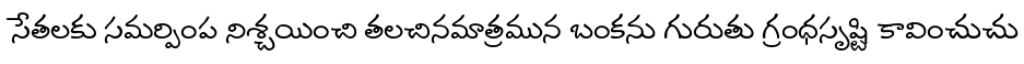
సేతలకు సమర్పింప నిశ్చయించి తలచినమాత్రమున బంకను గురుతు గ్రంధసృష్టి కావించుచు